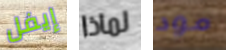
إيفل لماذا مود